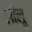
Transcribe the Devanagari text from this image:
लीलू